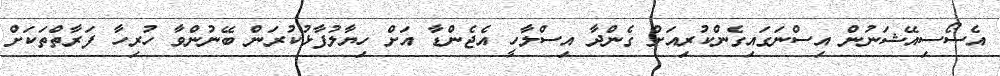
އެސޯސިއޭޝަނުން އިސްނަގައިގެންކުރިއަށް ގެންދާ އިސްލާހީ އެޖެންޑާ އަށް ހިޔާލުފާޅުކުރަން ބޭނުންވާ ހުރިހާ ފަރާތްތަކަށް